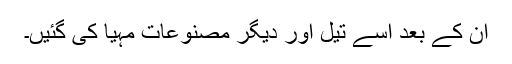
ان کے بعد اسے تیل اور دیگر مصنوعات مہیا کی گئیں۔